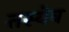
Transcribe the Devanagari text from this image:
तस्येव